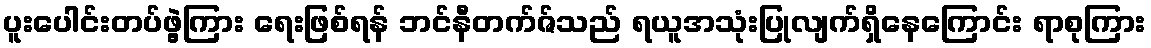
ပူးပေါင်းတပ်ဖွဲ့ကြား ရေးဖြစ်ရန် ဘင်နီတက်ဇ်သည် ရယူအသုံးပြုလျက်ရှိနေကြောင်း ရာစုကြား